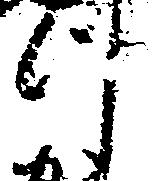
つ